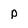
Character: p